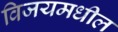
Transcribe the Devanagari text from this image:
विजयमधील